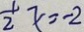
\frac { 1 } { 2 } x = - 2